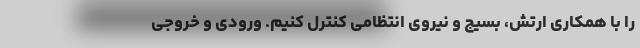
را با همکاری ارتش، بسیج و نیروی انتظامی کنترل کنیم. ورودی و خروجی